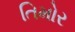
તિમોર